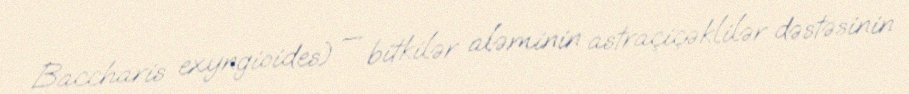
Baccharis exyngioides) — bitkilər aləminin astraçiçəklilər dəstəsinin